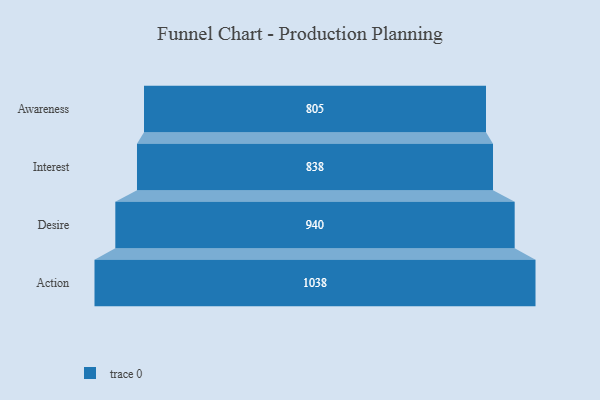
{"axis": {"x": "Stage", "y": "Value"}, "legend": [""], "data": [{"x": "Awareness", "y": 805.0, "type": ""}, {"x": "Interest", "y": 838.0, "type": ""}, {"x": "Desire", "y": 940.0, "type": ""}, {"x": "Action", "y": 1038.0, "type": ""}]}